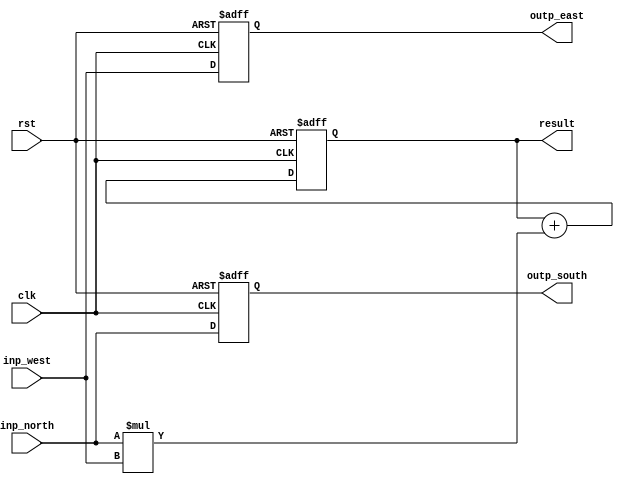
/*

MIT License

Copyright (c) 2020 Debtanu Mukherjee

Permission is hereby granted, free of charge, to any person obtaining a copy
of this software and associated documentation files (the "Software"), to deal
in the Software without restriction, including without limitation the rights
to use, copy, modify, merge, publish, distribute, sublicense, and/or sell
copies of the Software, and to permit persons to whom the Software is
furnished to do so, subject to the following conditions:

The above copyright notice and this permission notice shall be included in all
copies or substantial portions of the Software.

THE SOFTWARE IS PROVIDED "AS IS", WITHOUT WARRANTY OF ANY KIND, EXPRESS OR
IMPLIED, INCLUDING BUT NOT LIMITED TO THE WARRANTIES OF MERCHANTABILITY,
FITNESS FOR A PARTICULAR PURPOSE AND NONINFRINGEMENT. IN NO EVENT SHALL THE
AUTHORS OR COPYRIGHT HOLDERS BE LIABLE FOR ANY CLAIM, DAMAGES OR OTHER
LIABILITY, WHETHER IN AN ACTION OF CONTRACT, TORT OR OTHERWISE, ARISING FROM,
OUT OF OR IN CONNECTION WITH THE SOFTWARE OR THE USE OR OTHER DEALINGS IN THE
SOFTWARE.

*/

module block(inp_north, inp_west, clk, rst, outp_south, outp_east, result);
	input [31:0] inp_north, inp_west;
	output reg [31:0] outp_south, outp_east;
	input clk, rst;
	output reg [63:0] result;
	wire [63:0] multi;
	always @(posedge rst or posedge clk) begin
		if(rst) begin
			result <= 0;
			outp_east <= 0;
			outp_south <= 0;
		end
		else begin
			result <= result + multi;
			outp_east <= inp_west;
			outp_south <= inp_north;
		end
	end
	assign multi = inp_north*inp_west;
endmodule